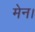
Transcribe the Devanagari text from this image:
मेन।